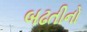
બઢતીનો